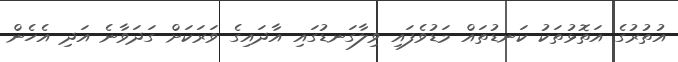
އުތުރުގެ އަތޮޅުތަކު ކަނޑުތައް މަޑުވެފައި ވިލާގަނޑުގައި އާދައިގެ ވަރަކަށް ގަދަވާނެ އަދި އެހެން